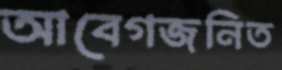
আবেগজনিত